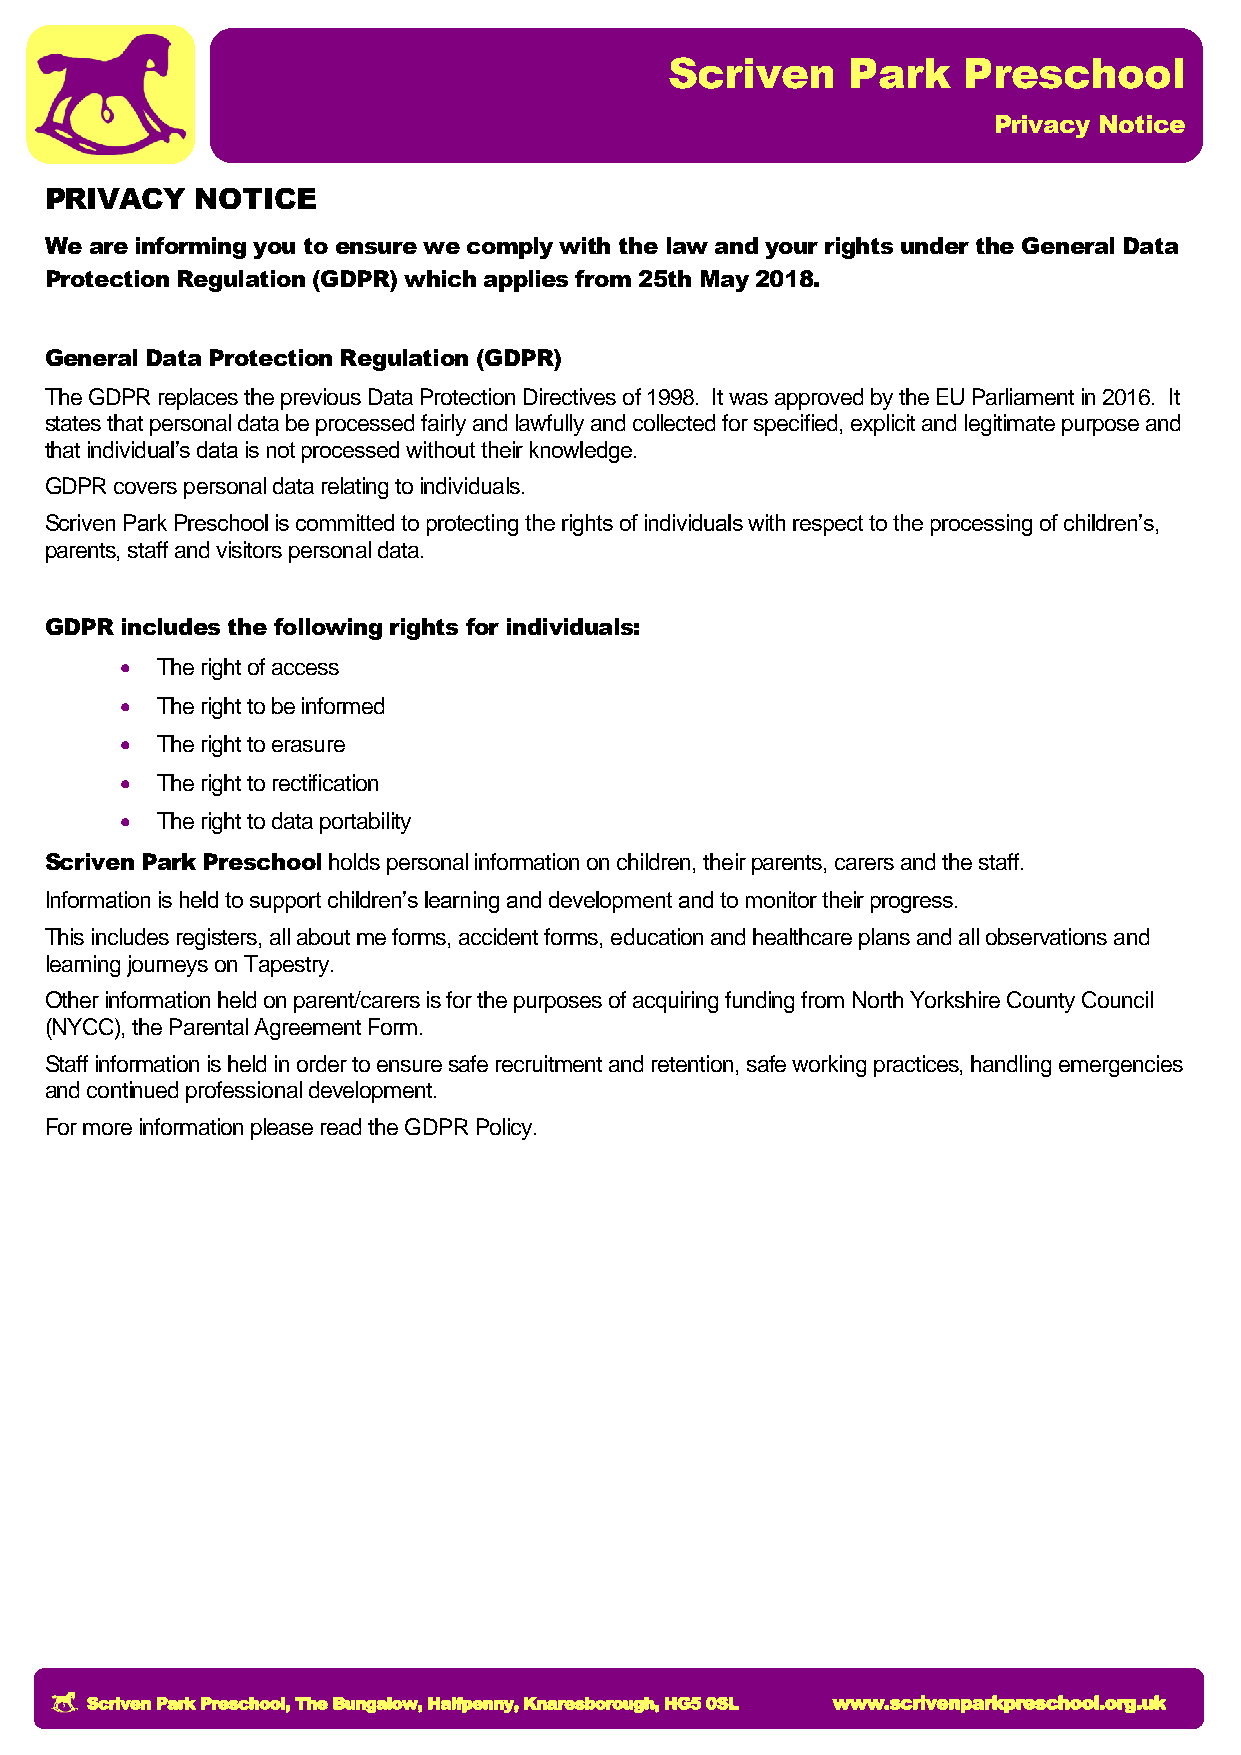
Scriven     Park    Preschool
 Privacy Notice
 PRIVACY   NOTICE
 We are informing you to ensure we comply with the law and your rights under the General Data
 Protection Regulation (GDPR) which applies from 25th May 2018.
 General Data Protection Regulation (GDPR)
 The GDPR replaces the previous Data Protection Directives of 1998. It was approved by the EU Parliament in 2016. It
 states that personal data be processed fairly and lawfully and collected for specified, explicit and legitimate purpose and
 that individual’s data is not processed without their knowledge.
 GDPR covers personal data relating to individuals.
 Scriven Park Preschool is committed to protecting the rights of individuals with respect to the processing of children’s,
 parents, staff and visitors personal data.
 GDPR includes the following rights for individuals:
  The right of access
  The right to be informed
  The right to erasure
  The right to rectification
  The right to data portability
 Scriven Park Preschool holds personal information on children, their parents, carers and the staff.
 Information is held to support children’s learning and development and to monitor their progress.
 This includes registers, all about me forms, accident forms, education and healthcare plans and all observations and
 learning journeys on Tapestry.
 Other information held on parent/carers is for the purposes of acquiring funding from North Yorkshire County Council
 (NYCC), the Parental Agreement Form.
 Staff information is held in order to ensure safe recruitment and retention, safe working practices, handling emergencies
 and continued professional development.
 For more information please read the GDPR Policy.
 Scriven Park Preschool, The Bungalow, Halfpenny, Knaresborough, HG5 0SL www.scrivenparkpreschool.org.uk